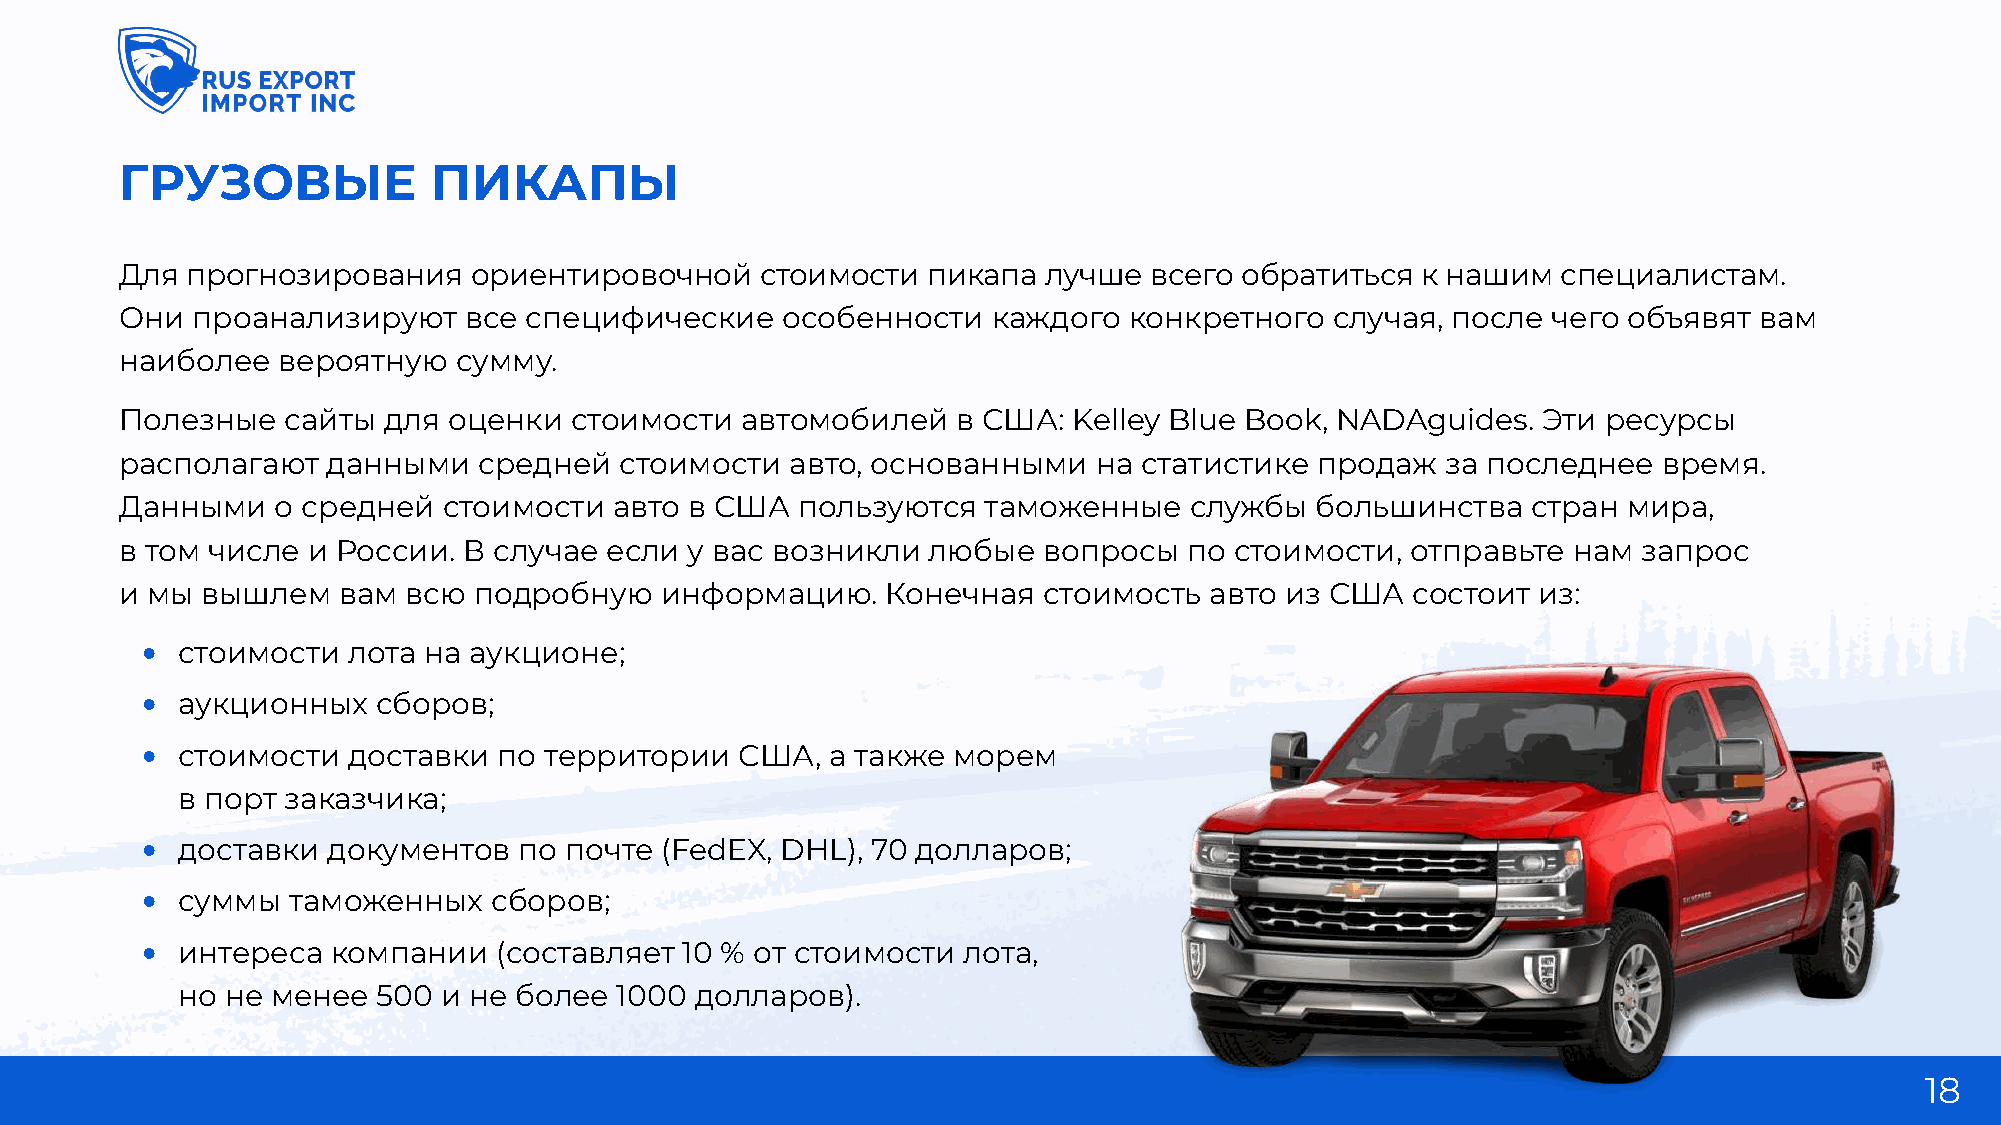
Грузовые            пикапы
 Для прогнозирования    ориентировочной    стоимости  пикапа  лучше  всего обратиться  к нашим  специалистам.
 Они  проанализируют    все специфические    особенности   каждого  конкретного  случая, после  чего объявят вам
 наиболее  вероятную   сумму.
 Полезные   сайты для  оценки  стоимости  автомобилей   в США:  Kelley Blue Book, NADAguides.  Эти ресурсы
 располагают   данными   средней  стоимости  авто, основанными   на статистике  продаж   за последнее  время.
 Данными   о средней  стоимости   авто в США  пользуются  таможенные    службы  большинства   стран  мира,
 в том числе и России.  В случае если  у вас возникли  любые  вопросы   по стоимости, отправьте  нам  запрос
 и мы вышлем   вам  всю подробную    информацию.    Конечная  стоимость  авто из США  состоит  из:
 •  стоимости  лота на аукционе;
 •  аукционных   сборов;
 •  стоимости  доставки  по территории   США,  а также морем
 в порт заказчика;
 •  доставки  документов  по почте  (FedEX, DHL), 70 долларов;
 •  суммы  таможенных    сборов;
 •  интереса  компании   (составляет 10 % от стоимости  лота,
 но не менее  500 и не более  1000 долларов).
 18
 .